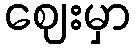
ဈေးမှာ